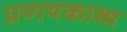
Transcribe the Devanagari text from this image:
प्रणयकाव्य